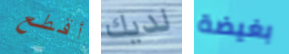
أقطع لديك بغيضة